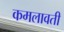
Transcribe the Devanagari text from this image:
कमलावती